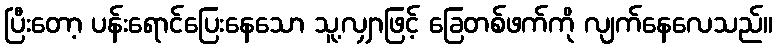
ပြီးတော့ ပန်းရောင်ပြေးနေသော သူ့လျှာဖြင့် ခြေတစ်ဖက်ကို လျက်နေလေသည်။